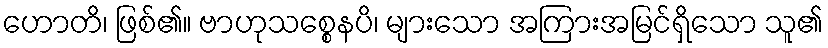
ဟောတိ၊ ဖြစ်၏။ ဗာဟုသစ္စေနပိ၊ များသော အကြားအမြင်ရှိသော သူ၏